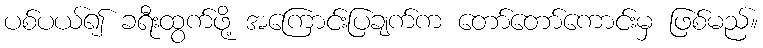
ပစ်ပယ်၍ ခရီးထွက်ဖို့ အကြောင်းပြချက်က တော်တော်ကောင်းမှ ဖြစ်မည်။